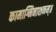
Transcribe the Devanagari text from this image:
कामाग्निनाशनम्॥